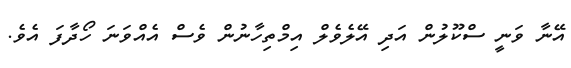
އޭނާ ވަނީ ސްކޫލުން އަދި އޭލެވެލް އިމްތިހާނުން ވެސް އެއްވަނަ ހޯދާފަ އެވެ.